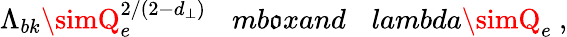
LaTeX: \Lambda_{bk}\simQ_{e}^{2/(2-d_{\perp})}\ \ \ \, mb\mathfrak{o}x{and}\ \ \ \, lambda\simQ_{e}\ ,